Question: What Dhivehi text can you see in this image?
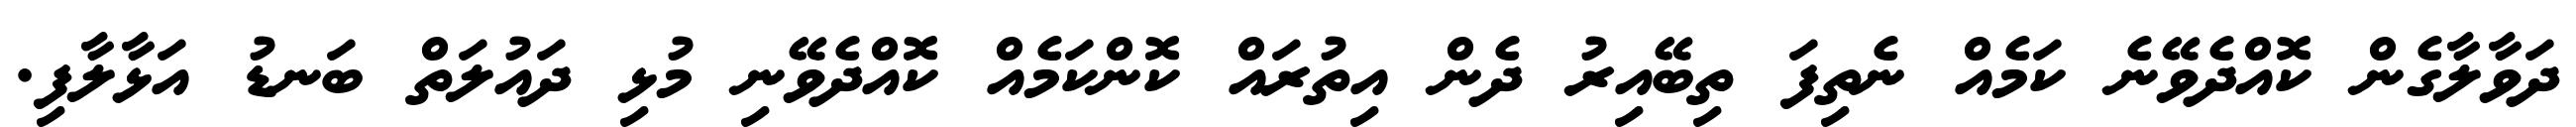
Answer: ދަވާލާގެން ކޮއްދެވޭނެ ކަމެއް ނެތިފަ ތިބޭއިރު ދެން އިތުރައް ކޮންކަމެއް ކޮއްދެވޭނި މުޅި ދައުލަތް ބަނޑު އަޅާލާފި.